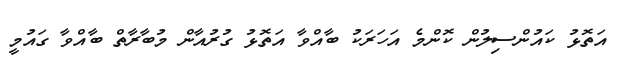
އަތޮޅު ކައުންސިލުން ކޮންމެ އަހަރަކު ބާއްވާ އަތޮޅު ގުރުއާން މުބާރާތް ބާއްވާ ގައުމީ